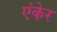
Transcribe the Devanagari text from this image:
एंकेर